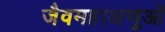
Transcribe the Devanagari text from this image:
जैवमहाअणुओं